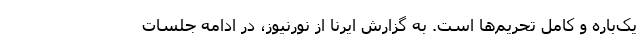
یک‌باره و کامل تحریم‌ها است. به گزارش ایرنا از نورنیوز، در ادامه جلسات